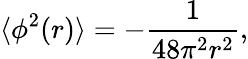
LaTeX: \langle\phi^{2}(r)\rangle=-\frac{1}{48\pi^{2}r^{2}},